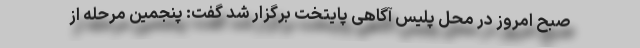
صبح امروز در محل پلیس آگاهی پایتخت برگزار شد گفت: پنجمین مرحله از